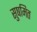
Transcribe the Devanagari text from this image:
सुषमित